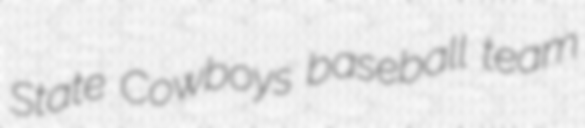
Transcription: State Cowboys baseball team